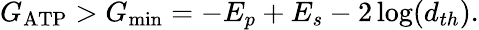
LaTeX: G_{\mathrm{ATP}}>G_{\operatorname*{min}}=-E_{p}+E_{s}-2\log(d_{th}).